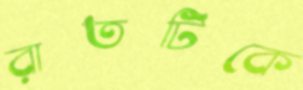
রাতটিকে